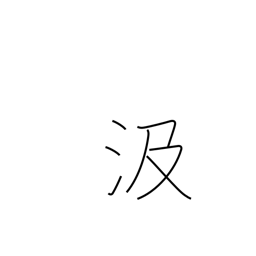
Meaning: pump